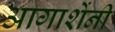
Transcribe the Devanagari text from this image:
आगाशेंनी